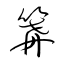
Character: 篝